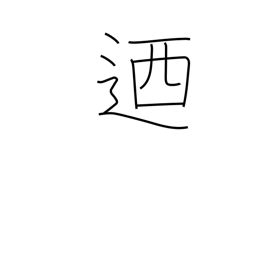
Meaning: in other words